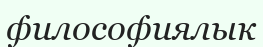
философиялык